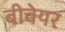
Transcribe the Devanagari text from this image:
बीवेयर